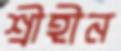
শ্রীহীন